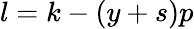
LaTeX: l=k-(y+s)p